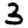
Digit: 3